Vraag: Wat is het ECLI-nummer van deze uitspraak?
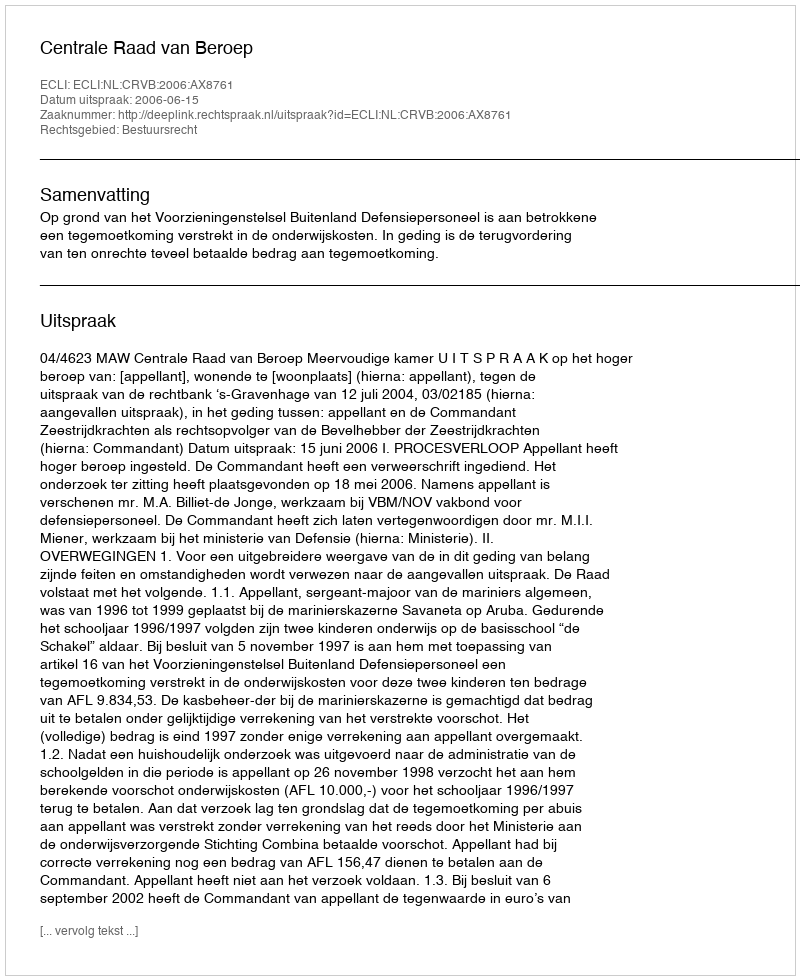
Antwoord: ECLI:NL:CRVB:2006:AX8761